Lunatic asylums in Bengal annual reports 1899-1911 - 1899-1911
Year: 1899
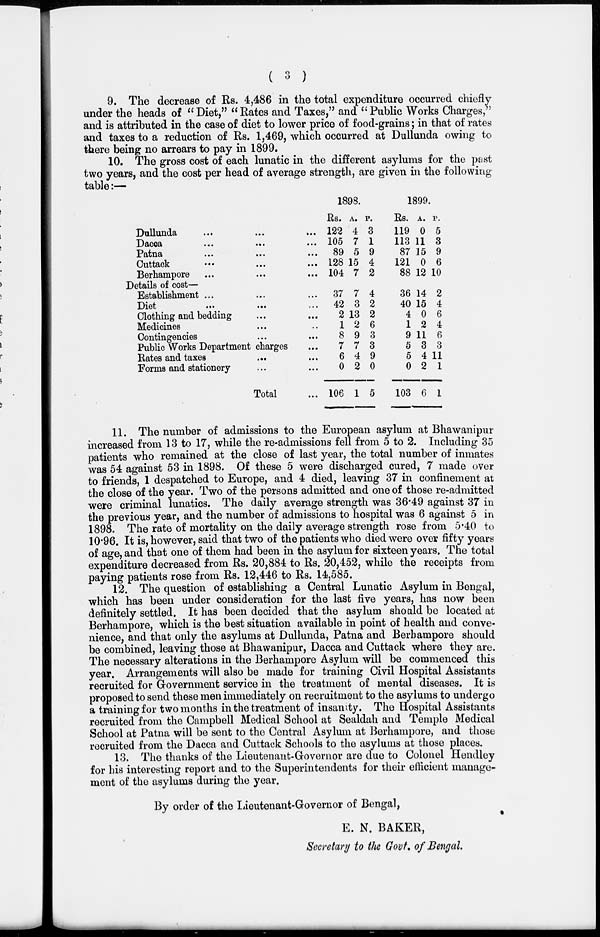
( 3 )
9. The decrease of Rs. 4,486 in the total expenditure occurred chiefly
under the heads of "Diet," "Rates and Taxes," and "Public Works Charges,"
and is attributed in the case of diet to lower price of food-grains; in that of rates
and taxes to a reduction of Rs. 1,469, which occurred at Dullunda owing to
there being no arrears to pay in 1899.
10. The gross cost of each lunatic in the different asylums for the past
two years, and the cost per head of average strength, are given in the following
table:—
Dullunda ... ... ...
Dacca ... ... ...
Patna
...
...
...
Cuttack ... ... ...
Berhampore ... ... ...
Details of cost—
Establishment ... ... ...
Diet
...
...
...
Clothing and bedding ... ...
Medicines ... ... ...
Contingencies ... ...
Public Works Department charges ...
Rates and taxes ... ...
Forms and stationery ... ...
Total ...
1898.
Rs.
122
105
89
128
104
37
42
2
1
8
7
6
0
106
A.
4
7
5
15
7
7
3
13
2
9
7
4
2
1
P.
3
1
9
4
2
4
2
2
6
3
3
9
0
5
1899.
Rs.
119
113
87
121
88
36
40
4
1
9
5
5
0
103
A.
0
11
15
0
12
14
15
0
2
11
3
4
2
6
P.
5
3
9
6
10
2
4
6
4
6
3
11
1
1
11. The number of admissions to the European asylum at Bhawanipur
increased from 13 to 17, while the re-admissions fell from 5 to 2. Including 35
patients who remained at the close of last year, the total number of inmates
was 54 against 53 in 1898. Of these 5 were discharged cured, 7 made over
to friends, 1 despatched to Europe, and 4 died, leaving 37 in confinement at
the close of the year. Two of the persons admitted and one of those re-admitted
were criminal lunatics. The daily average strength was 36.49 against 37 in
the previous year, and the number of admissions to hospital was 6 against 5 in
1898. The rate of mortality on the daily average strength rose from 5.40 to
10.96. It is, however, said that two of the patients who died were over fifty years
of age, and that one of them had been in the asylum for sixteen years. The total
expenditure decreased from Rs. 20,884 to Rs. 20,452, while the receipts from
paying patients rose from Rs. 12,446 to Rs. 14,585.
12. The question of establishing a Central Lunatic Asylum in Bengal,
which has been under consideration for the last five years, has now been
definitely settled. It has been decided that the asylum should be located at
Berhampore, which is the best situation available in point of health and conve-
nience, and that only the asylums at Dullunda, Patna and Berhampore should
be combined, leaving those at Bhawanipur, Dacca and Cuttack where they are.
The necessary alterations in the Berhampore Asylum will be commenced this
year. Arrangements will also be made for training Civil Hospital Assistants
recruited for Government service in the treatment of mental diseases. It is
proposed to send these men immediately on recruitment to the asylums to undergo
a training for two months in the treatment of insanity. The Hospital Assistants
recruited from the Campbell Medical School at Sealdah and Temple Medical
School at Patna will be sent to the Central Asylum at Berhampore, and those
recruited from the Dacca and Cuttack Schools to the asylums at those places.
13. The thanks of the Lieutenant-Governor are due to Colonel Hendley
for his interesting report and to the Superintendents for their efficient manage-
ment of the asylums during the year.
By order of the Lieutenant-Governor of Bengal,
E. N. BAKER,
Secretary to the Govt. of Bengal.